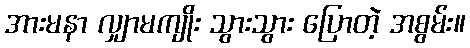
အားမနာ လျှာမကျိုး သွားသွား ပြောတဲ့ အစွမ်း။